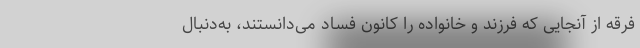
فرقه از آنجایی که فرزند و خانواده را کانون فساد می‌دانستند، به‌دنبال